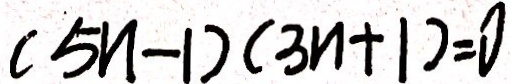
( 5 n - 1 ) ( 3 n + 1 ) = 0